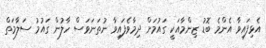
އެޅިފައިވާ އެންމެ ބޮޑު ޒިންމާއަކީ ގައުމަށް ދިމާވެފައިވާ ނުތަނަވަސް ހާލުން ގައުމު ސަލާމަތް